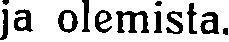
ja olemista.